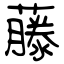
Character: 藤